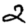
Digit: 2